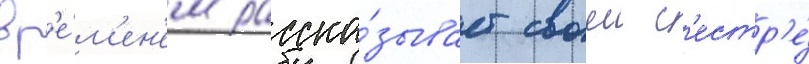
вр'е́м'ен'ем расска́зывает своеи с'естр'е́